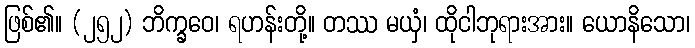
ဖြစ်၏။ (၂၅၂) ဘိက္ခဝေ၊ ရဟန်းတို့။ တဿ မယှံ၊ ထိုငါဘုရားအား။ ယောနိသော၊